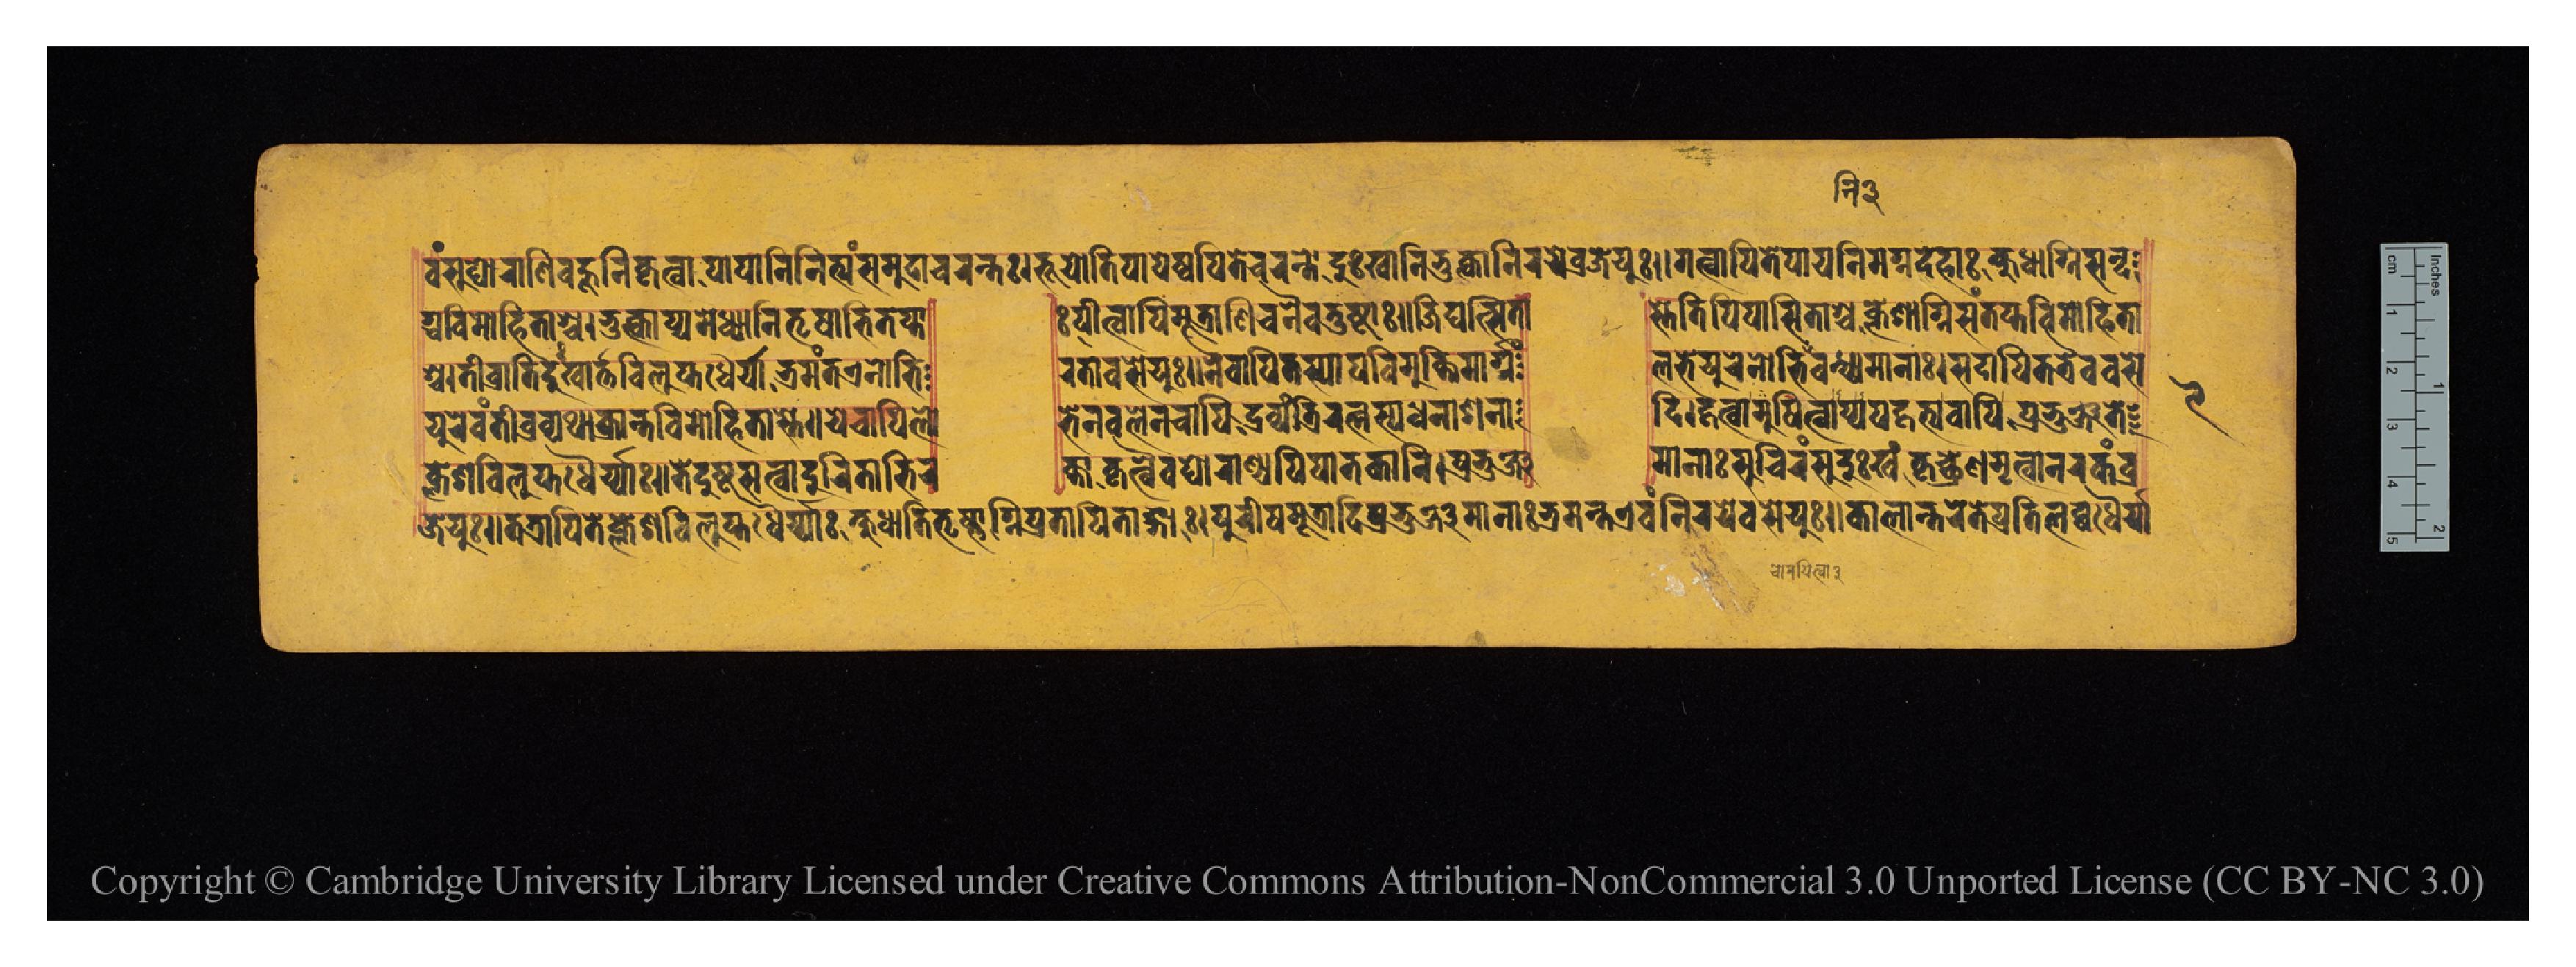
𑐰𑑄𑐳𑐸𑐑𑑀𑐬𑐵𑐞𑐶𑐧𑐴𑐹𑐣𑐶𑐎𑐺𑐟𑑂𑐰𑐵𑐥𑐵𑐥𑐵𑐣𑐶𑐣𑐶𑐟𑑂𑐫𑑄𑐳𑐩𑐸𑐡𑐵𑐔𑐬𑐣𑑂𑐟𑑅𑑋𑐨𑐹𑐫𑑀𑐟𑐶𑐥𑐵𑐥𑐾𑐲𑑂𑐰𑐥𑐶𑐟𑐾𑐔𑐬𑐣𑑂𑐟𑑀𑐡𑐸𑑅𑐏𑐵𑐣𑐶𑐨𑐸𑐎𑑂𑐟𑑂𑐰𑐵𑐣𑐶𑐬𑐫𑐾𑐰𑑂𑐬𑐖𑐾𑐫𑐸𑑅𑑌𑐐𑐟𑑂𑐰𑐵𑐥𑐶𑐟𑐾𑐥𑐵𑐫𑐣𑐶𑐩𑐐𑑂𑐣𑐡𑐾𑐴𑐵𑑅𑐎𑑂𑐲𑐸𑐢𑐵𑐐𑑂𑐣𑐶𑐳𑐣𑑂𑐡 𑐐𑑂𑐢𑐰𑐶𑐩𑑀𑐴𑐶𑐟𑐵𑐱𑑂𑐔𑑋𑐨𑐸𑐎𑑂𑐟𑑂𑐰𑐵𑐥𑑂𑐫𑐩𑐾𑐢𑑂𑐫𑐵𑐣𑐶𑐟𑐺𑐲𑐵𑐨𑐶𑐟𑐥𑑂𑐟𑐵𑑅 𑐥𑐷𑐟𑑂𑐰𑐵𑐥𑐶𑐩𑐹𑐟𑑂𑐬𑐵𑐞𑐶𑐔𑐣𑐿𑐰𑐟𑐸𑐲𑑂𑐚𑐵𑑅𑑌𑐖𑐶𑐑𑐟𑑂𑐳𑐶𑐟𑐵 𑐳𑑂𑐟𑐾𑐟𑐶𑐥𑐶𑐥𑐵𑐳𑐶𑐟𑐵𑐱𑑂𑐔𑐎𑑂𑐮𑐾𑐱𑐵𑐐𑑂𑐣𑐶𑐳𑑄𑐟𑐥𑑂𑐟𑐰𑐶𑐩𑑀𑐴𑐶𑐟𑐵 𑐱𑑂𑐔𑑋𑐟𑐷𑐰𑑂𑐬𑐵𑐟𑐶𑐡𑐸𑑅𑐏𑐵𑐬𑑂𑐟𑐵𑐰𑐶𑐮𑐸𑐥𑑂𑐟𑐢𑐿𑐬𑑂𑐫𑐵𑐨𑑂𑐬𑐩𑐣𑑂𑐟𑐊𑐣𑑀𑐨𑐶 𑐬𑐟𑐵𑐰𑐳𑐾𑐫𑐸𑑅𑑋𑐣𑐿𑐰𑐵𑐥𑐶𑐟𑐳𑑂𑐫𑐵𑐥𑐶𑐰𑐶𑐩𑐸𑐎𑑂𑐟𑐶𑐩𑐵𑐬𑑂𑐐𑑄 𑐮𑐨𑐾𑐫𑐸𑐬𑐾𑐣𑑀𑐨𑐶𑐣𑐶𑐧𑐣𑑂𑐢𑑂𑐫𑐩𑐵𑐣𑐵𑑅𑑋𑐳𑐡𑐵𑐥𑐶𑐟𑐟𑑂𑐬𑐿𑐰𑐰𑐳𑐾 𑐫𑐸𑐬𑐾𑐰𑑄𑐟𑐷𑐰𑑂𑐬𑐰𑑂𑐫𑐠𑐵𑐎𑑂𑐬𑐵𑐣𑑂𑐟𑐰𑐶𑐩𑑀𑐟𑐵𑐳𑑂𑐟𑐾𑑌𑐫𑐾𑐔𑐵𑐥𑐶𑐮𑑀 𑐨𑐾𑐣𑐧𑐮𑐾𑐣𑐔𑐵𑐥𑐶𑐡𑑂𑐬𑐰𑑂𑐫𑑄𑐟𑑂𑐬𑐶𑐬𑐟𑑂𑐣𑐳𑑂𑐫𑐢𑐣𑐵𑐱𑐣𑐵 𑐡𑐶𑑋𑐴𑐟𑑂𑐰𑐵𑐩𑐸𑐲𑐶𑐟𑑂𑐰𑐵𑐥𑑂𑐫𑐥𑐴𑐟𑑂𑐫𑐰𑐵𑐥𑐶𑐥𑑂𑐬𑐨𑐸𑐘𑑂𑐖𑐟𑐾 𑐖𑐾𑐟𑐸𑑅𑑌𑐟𑐟𑑂𑐬𑐵𑐥𑐶𑐟𑐾𑐎𑑂𑐮𑐾𑐱𑐰𑐶𑐮𑐸𑐥𑑂𑐟𑐢𑐿𑐬𑑂𑐫𑐵𑑅𑐎𑑂𑐲𑐸𑐢𑐵𑐟𑐶𑐟𑐺𑐲𑑂𑐞𑐵𑐐𑑂𑐣𑐶𑐥𑑂𑐬𑐟𑐵𑐥𑐶𑐟𑐵𑑄𑐐𑐵𑑅𑑋𑐥𑐸𑐬𑐷𑐲𑐩𑐹𑐟𑑂𑐬𑐵𑐡𑐶𑐥𑑂𑐬𑐨𑐸𑐘𑑂𑐖𑐩𑐵𑐣𑐵𑐨𑑂𑐬𑐩𑐣𑑂𑐟𑐊𑐰𑑄𑐣𑐶𑐬𑐫𑐾𑐰𑐳𑐾𑐫𑐸𑑅𑑋𑐎𑐵𑐮𑐵𑐣𑑂𑐟𑐬𑐾𑐟𑐾𑐥𑑂𑐬𑐟𑐶𑐮𑐧𑑂𑐢𑐢𑐿𑐬𑑂𑐫𑑂 𑐎𑑂𑐮𑐾𑐱𑐰𑐶𑐮𑐸𑐟𑐢𑐿𑐬𑑂𑐫𑐵𑑅𑑌𑐟𑐾𑐡𑐸𑐲𑑂𑐚𑐳𑐟𑑂𑐰𑐵𑐡𑐸𑐬𑐟𑐵𑐨𑐶𑐬 𑐎𑑂𑐟𑐵𑐎𑐺𑐟𑑂𑐰𑐿𑐰𑐑𑑀𑐬𑐵𑐞𑑂𑐫𑐥𑐶𑐥𑐵𑐟𑐎𑐵𑐣𑐶𑑋𑐥𑑂𑐬𑐨𑐸𑐘𑑂𑐖 𑐩𑐵𑐣𑐵𑑅𑐳𑐸𑐔𑐶𑐬𑑄𑐳𑐸𑐡𑐸𑑅𑐏𑑄𑐎𑐺𑐔𑑂𑐕𑑂𑐬𑐾𑐞𑐩𑐺𑐟𑑂𑐰𑐵𑐣𑐬𑐎𑑄𑐰𑑂𑐬 𑑙